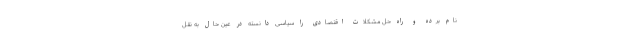
نام برده و راه حل مشکلات اقتصادی را سیاسی دانسته در عین حال به نقل